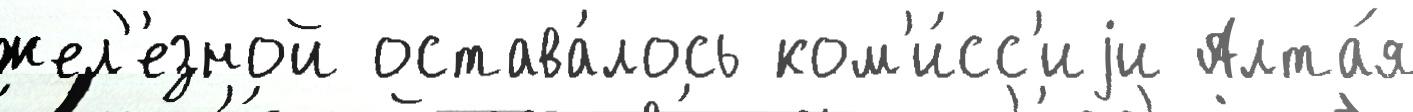
жел'е́зной остава́лось ком'и́сс'иjи Алта́я